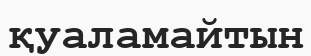
қуаламайтын